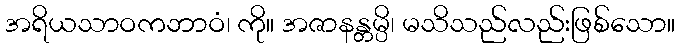
အရိယသာဝကဘာဝံ၊ ကို။ အဇာနန္တမ္ပိ၊ မသိသည်လည်းဖြစ်သော။